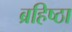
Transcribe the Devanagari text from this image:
ब्रहिष्ठा